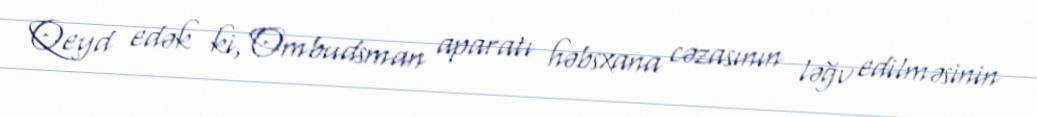
Qeyd edək ki, Ombudsman aparatı həbsxana cəzasının ləğv edilməsinin